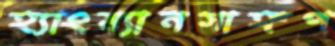
হ্যাংম্যানসাঙ্গপ